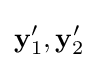
\mathbf {y} '_{1},\mathbf {y} '_{2}